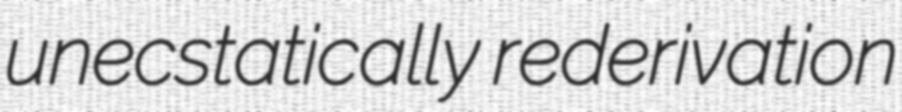
unecstatically rederivation